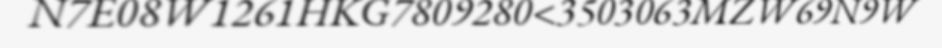
N7E08W1261HKG7809280<3503063MZW69N9W